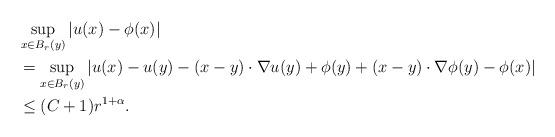
LaTeX: \begin{align*}&\sup_{x\in B_r(y)}|u(x)-\phi(x)|\\&=\sup_{x\in B_r(y)}|u(x)-u(y)-(x-y)\cdot \nabla u(y)+\phi(y)+(x-y)\cdot \nabla \phi(y)-\phi(x)|\\&\leq (C+1) r^{1+\alpha}.\end{align*}